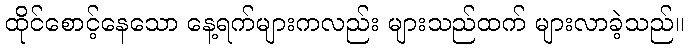
ထိုင်စောင့်နေသော နေ့ရက်များကလည်း များသည်ထက် များလာခဲ့သည်။